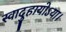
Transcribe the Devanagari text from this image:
स्वादुहायोऽया।